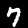
Digit: 7